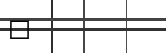
٧